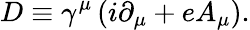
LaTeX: D\equiv\gamma^{\mu}\left(i\partial_{\mu}+eA_{\mu}\right).